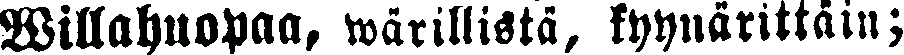
Willahuopaa, wärillistä, kyynärittäin;